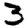
Digit: 3